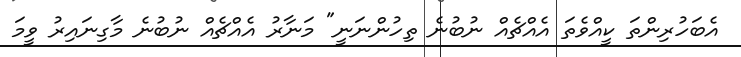
އެބަހުރިންތަ ކީއްވެތަ އެއްޗެއް ނުބުނެ ތިހުންނަނީ" މަނާރު އެއްޗެއް ނުބުނެ މާގިނައިރު ވީމަ